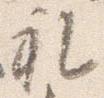
礼